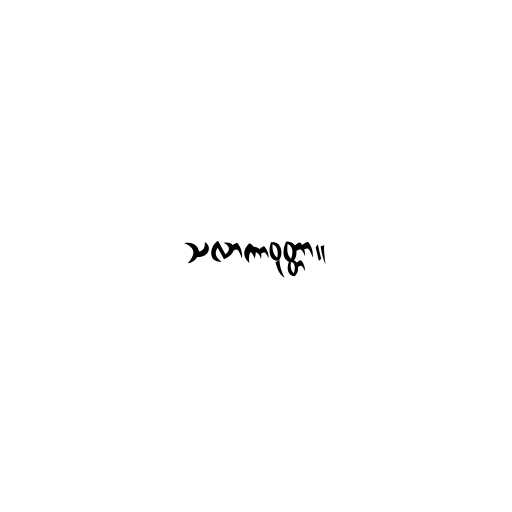
သလာကာဝုတ္တာ။